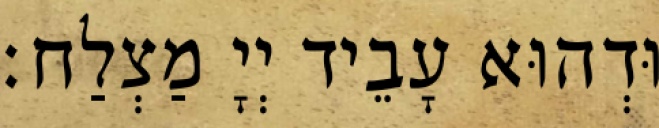
וּדְהוּא עָבֵיד יְיָ מַצְלַח׃